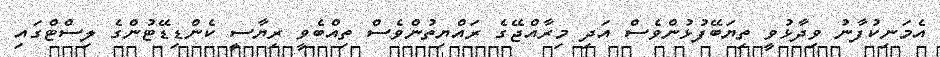
އެމަނިކުފާނު ވިދާޅުވީ ތިޔަބޭފުޅުންވެސް އަދި މިރާއްޖޭގެ ރައްޔިތުންވެސް ތިއްބެވީ ރިޔާސީ ކެންޑިޑޭޓުންގެ ލިސްޓްގައި